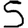
Digit: 5